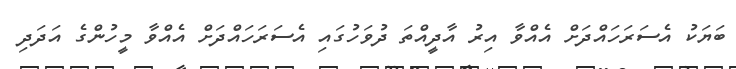
ބަޔަކު އެސަރަހައްދަށް އެއްވާ އިރު އާދީއްތަ ދުވަހުގައި އެސަރަހައްދަށް އެއްވާ މީހުންގެ އަދަދި